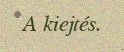
A kiejtés.